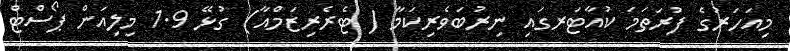
މިއަހަރުގެ ފުރަތަމަ ކުއާޓަރގައި ނިރުބަވެރިކަމާ ( ޓެރެރިޒަމްއާ) ގުޅޭ 1.9 މިލިއަން ޕޯސްޓް